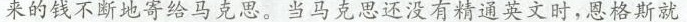
来的钱不断地寄给马克思。当马克思还没有精通英文时，恩格斯就